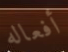
أفعاله